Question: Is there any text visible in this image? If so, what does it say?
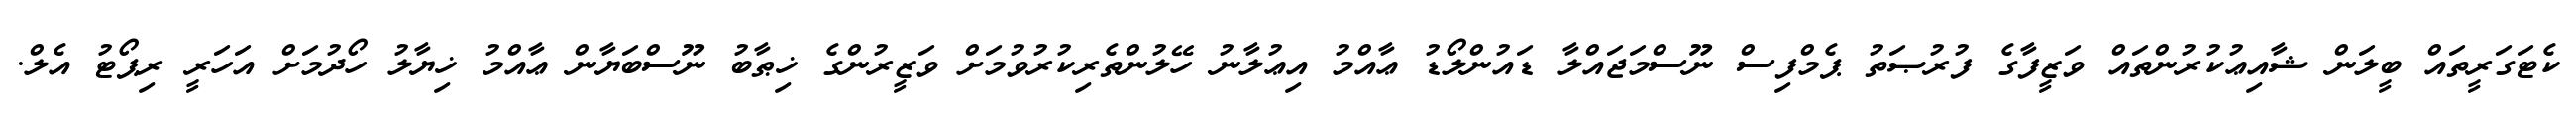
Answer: ކެޓަގަރީތައް ބީލަން ޝާއިޢުކުރުންތައް ވަޒީފާގެ ފުރުޞަތު ޕެމްފިސް ނޫސްމަޖައްލާ ޑައުންލޯޑު ޢާއްމު އިޢުލާނު ހޭލުންތެރިކުރުވުމަށް ވަޒީރުންގެ ޚިޠާބު ނޫސްބަޔާން ޢާއްމު ޚިޔާލު ހޯދުމަށް އަހަރީ ރިޕޯޓު އެލް.